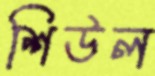
শিউল